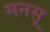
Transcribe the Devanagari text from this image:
मनसू